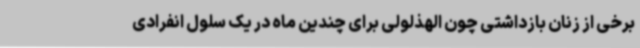
برخی از زنان بازداشتی چون الهذلولی برای چندین ماه در یک سلول انفرادی